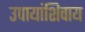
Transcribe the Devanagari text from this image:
उपायांशिवाय